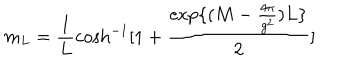
m _ { L } = \frac { 1 } { L } \cosh ^ { - 1 } [ 1 + \frac { \exp \{ ( M - \frac { 4 \pi } { g ^ { 2 } } ) L \} } { 2 } ]